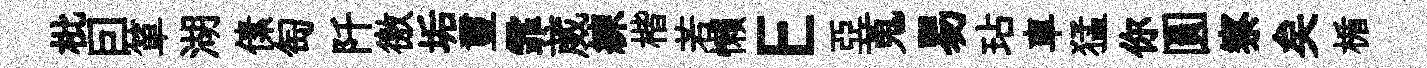
枇囙箪湖傃匋阡徼垢璽霏葳練楷若懶E亞蒐易玷車猛你圓察矣楯